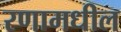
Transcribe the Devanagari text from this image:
रणामधील